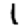
Digit: 1